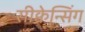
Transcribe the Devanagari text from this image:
सीक्वेन्सिंग